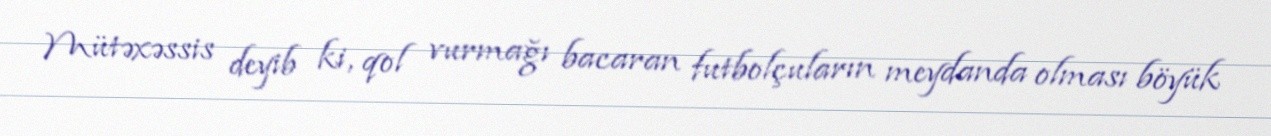
Mütəxəssis deyib ki, qol vurmağı bacaran futbolçuların meydanda olması böyük